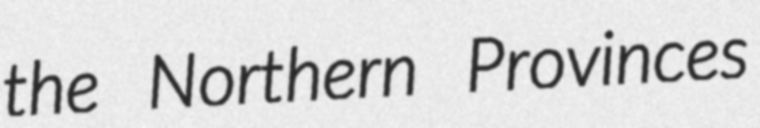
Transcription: the Northern Provinces